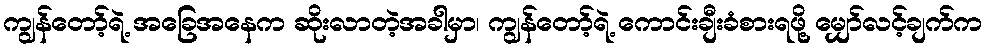
ကျွန်တော့်ရဲ့ အခြေအနေက ဆိုးလာတဲ့အခါမှာ၊ ကျွန်တော့်ရဲ့ ကောင်းချီးခံစားရဖို့ မျှော်လင့်ချက်က